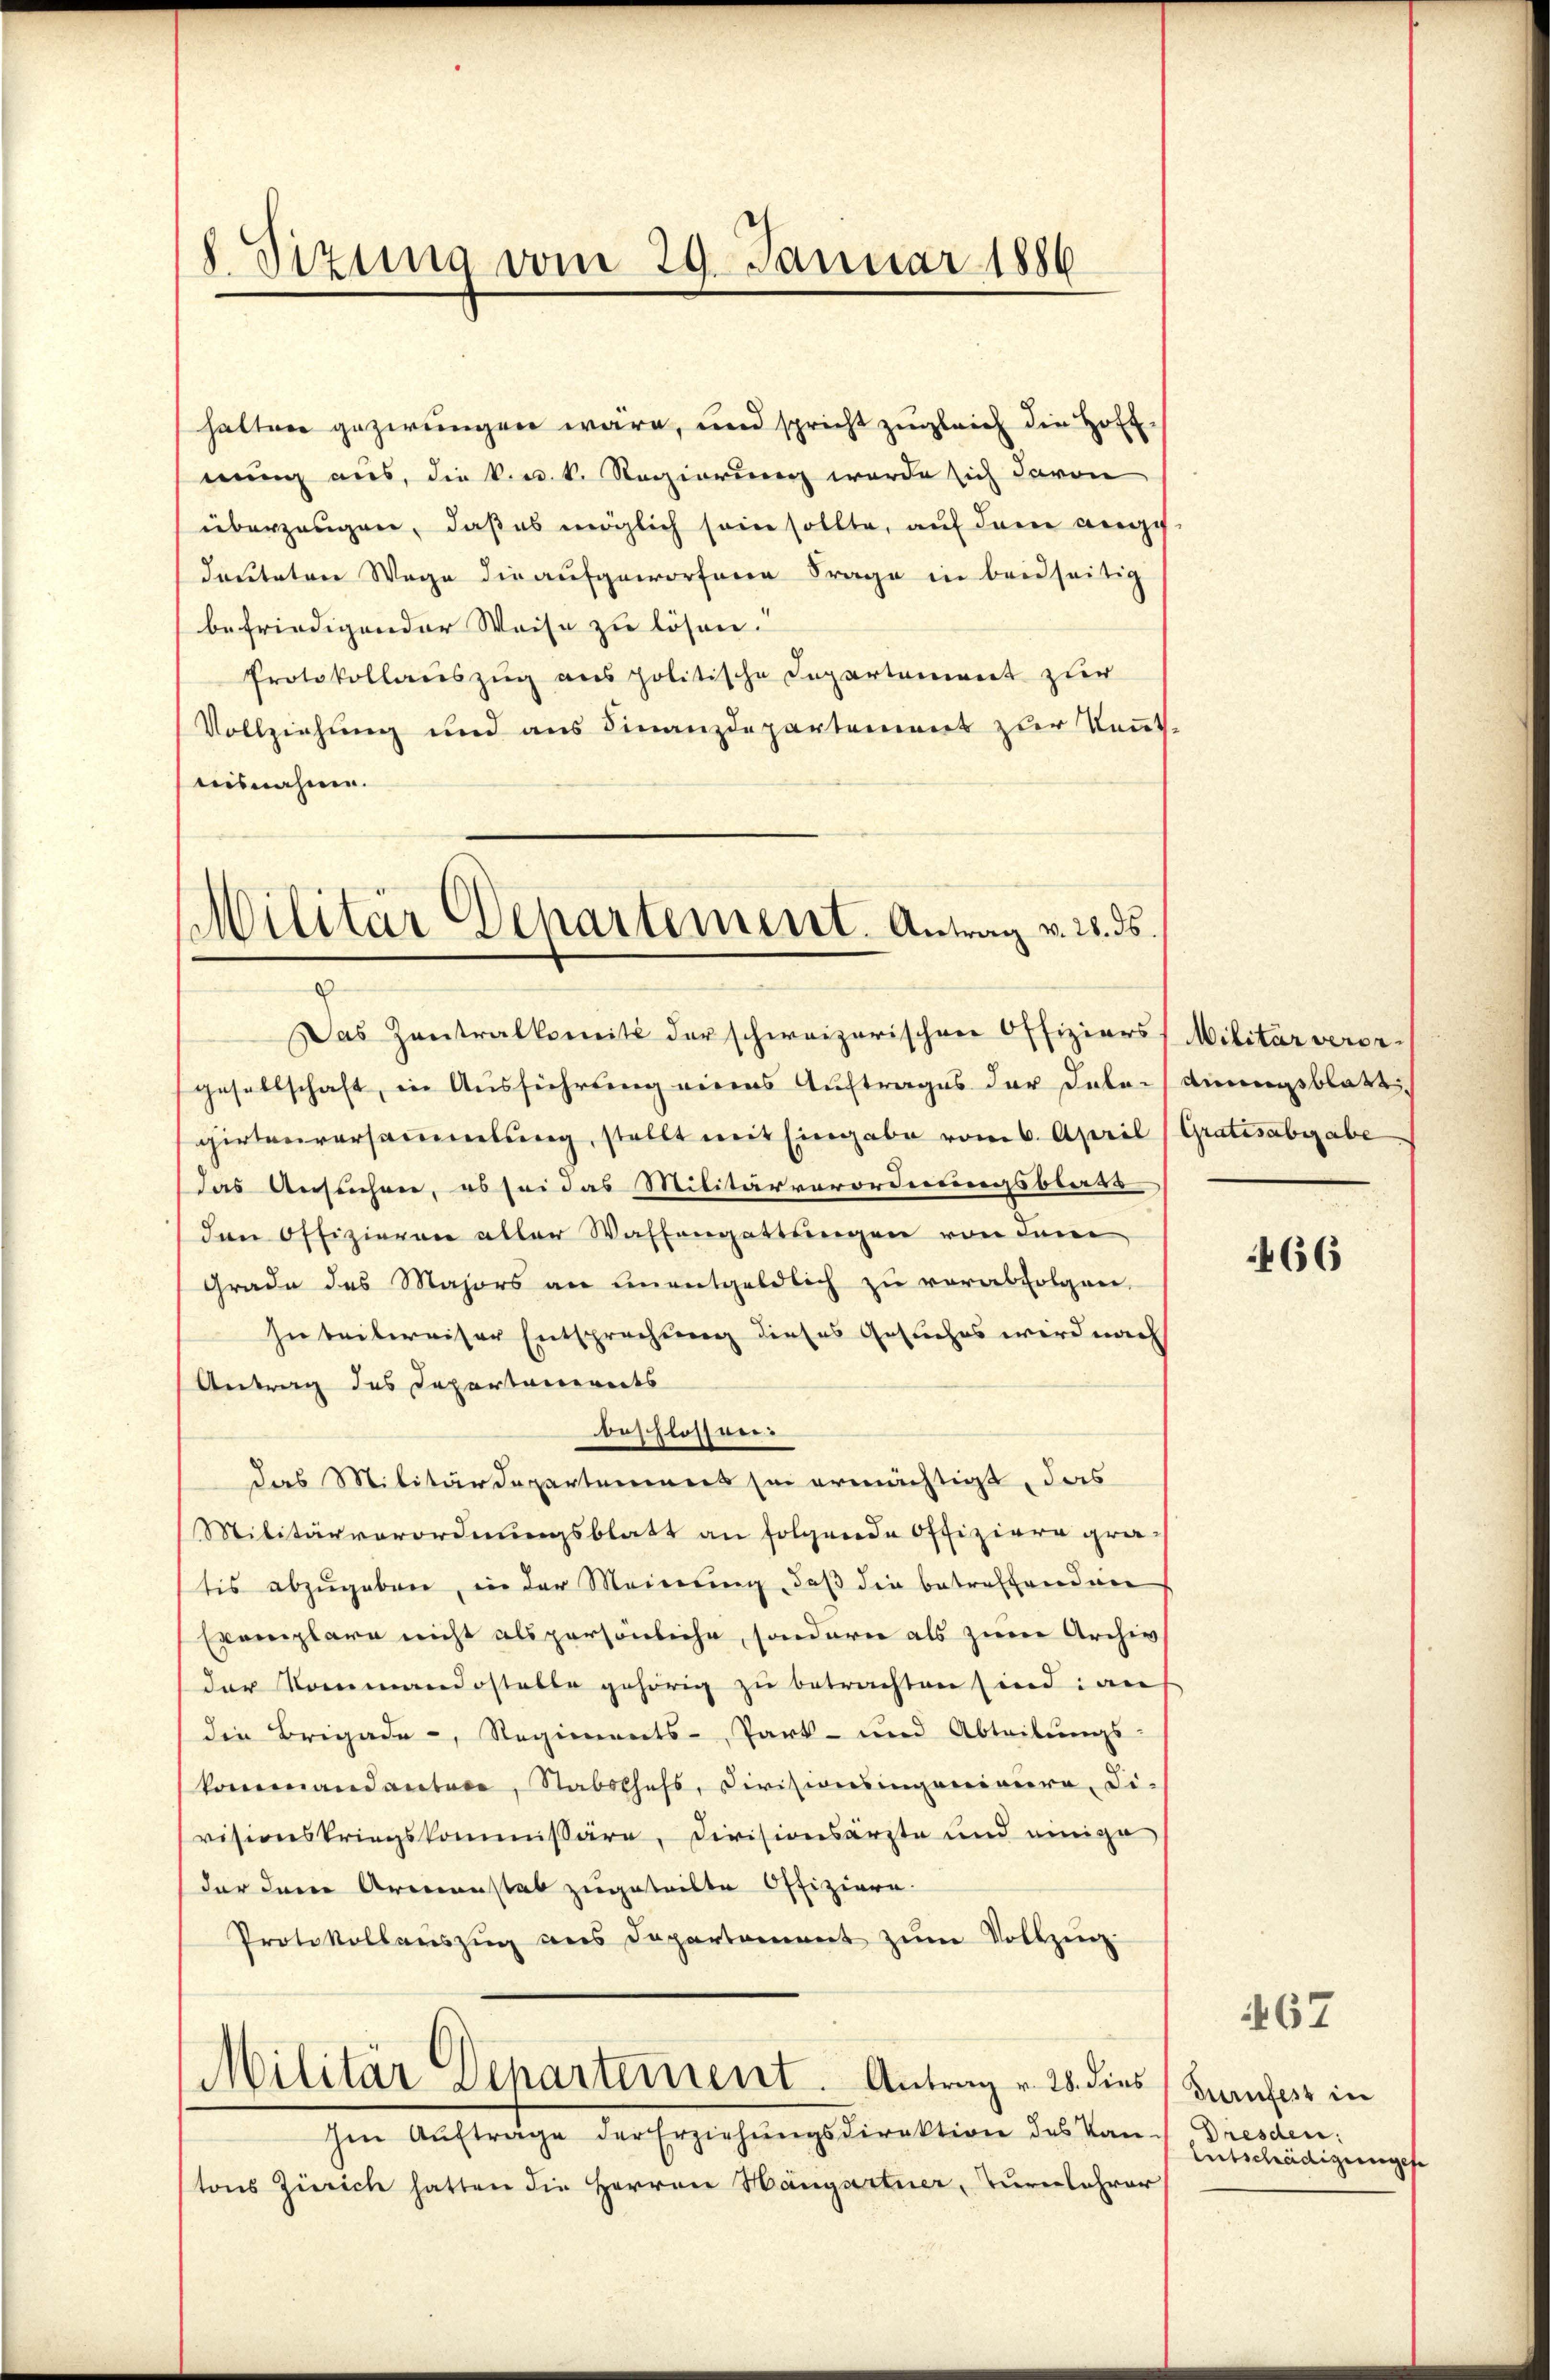
8. Sizung vom 29. Januar 1886

halten gezwungen wäre, und spricht zugleich die Hoff-
nung aus, die k. k. k. Regierung werde sich davon
überzeugen, daß es möglich sein sollte, auf dem ange
deuteten Wege die aufgeworfenen Frage in beidseitig
befriedigender Weise zu lösen.
Protokollauszug aus politische Departement zur
Vollziehung und aus Finanzdepartement zur Kenntaisnahme.

Militär Departement. Antrag v. 28. ds

Das Zentralkomit der schweizerischen Offiziers Militärveror
gesellschaft, in Ausführung eines Auftrages der dabei denngsblatt,
girtenversammlung, stellt mit Eingabe vom 6. April (Gratisabgabe
Das Ansuchen, es sei das Militärverordnungsblatt
den Offizieren aller Waffengattungen von dem
Grade des Majors an unentgeldlich zu verabfolgen,
In teilweiser Entsprechung dieses Gesuches wird nach
Antrag des Departanereits
beschlossen:
das Militärdepartemens sei ermächtigt, das
Militärverordnungsblatt an folgende Offiziere gratis abzŭgeben, in der Meinung, daß die betreffenden
Exemplare nicht als persönliche, sondern als zum Archiv
der Kommandestelle gehörig zu betrachten sind an
die Brigade-, Regiments-Park- und Abteilŭngs-
kommandantere, Stabschefs, Divisionsingenieure, Fi-
visionskriegskommissäre, Divisionsärzte und einige
der den Armenstat zugeteilte Offiziere.
Protokollauszug aus Departement zum Vollzug
Militär Departement. Antrag v. 25. dies
Ien Aŭftrage der Erziehŭngsdirektion des Van-
tons Zürich hatten die Herren Hangartner, Turnlehrer

466

467

Gurnfest in
Dresden:
Entschädigungese